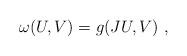
LaTeX: \begin{align*}\omega(U, V) = g(JU, V)~,\end{align*}